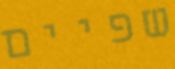
שפיים